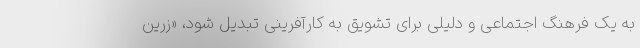
به یک فرهنگ اجتماعی و دلیلی برای تشویق به کارآفرینی تبدیل شود، «زرین